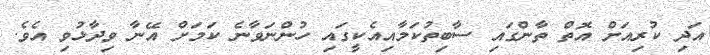
އަދި ކުރިއަށް އޮތް ތާންގައި ސާބިތުކަމާއިއެކީގައި ހުންނަވާނެ ކަމަށް އޭނާ ވިދާޅުވި އެވެ.